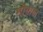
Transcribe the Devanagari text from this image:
मॊगाल